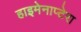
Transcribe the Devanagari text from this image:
हाइमेनाप्टेरा